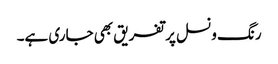
رنگ ونسل پر تفریق بھی جاری ہے۔